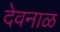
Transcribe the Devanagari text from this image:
देवनाळ